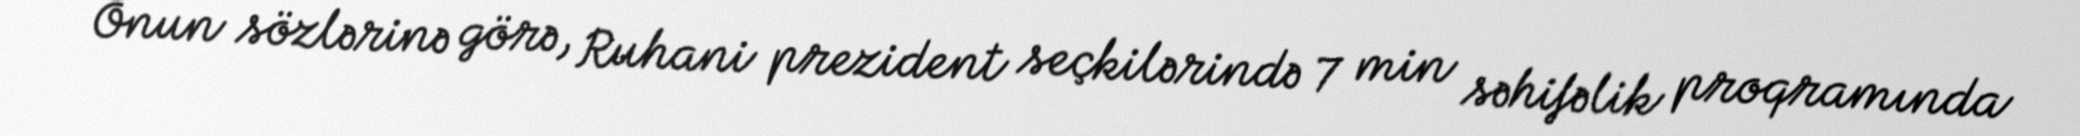
Onun sözlərinə görə, Ruhani prezident seçkilərində 7 min səhifəlik proqramında